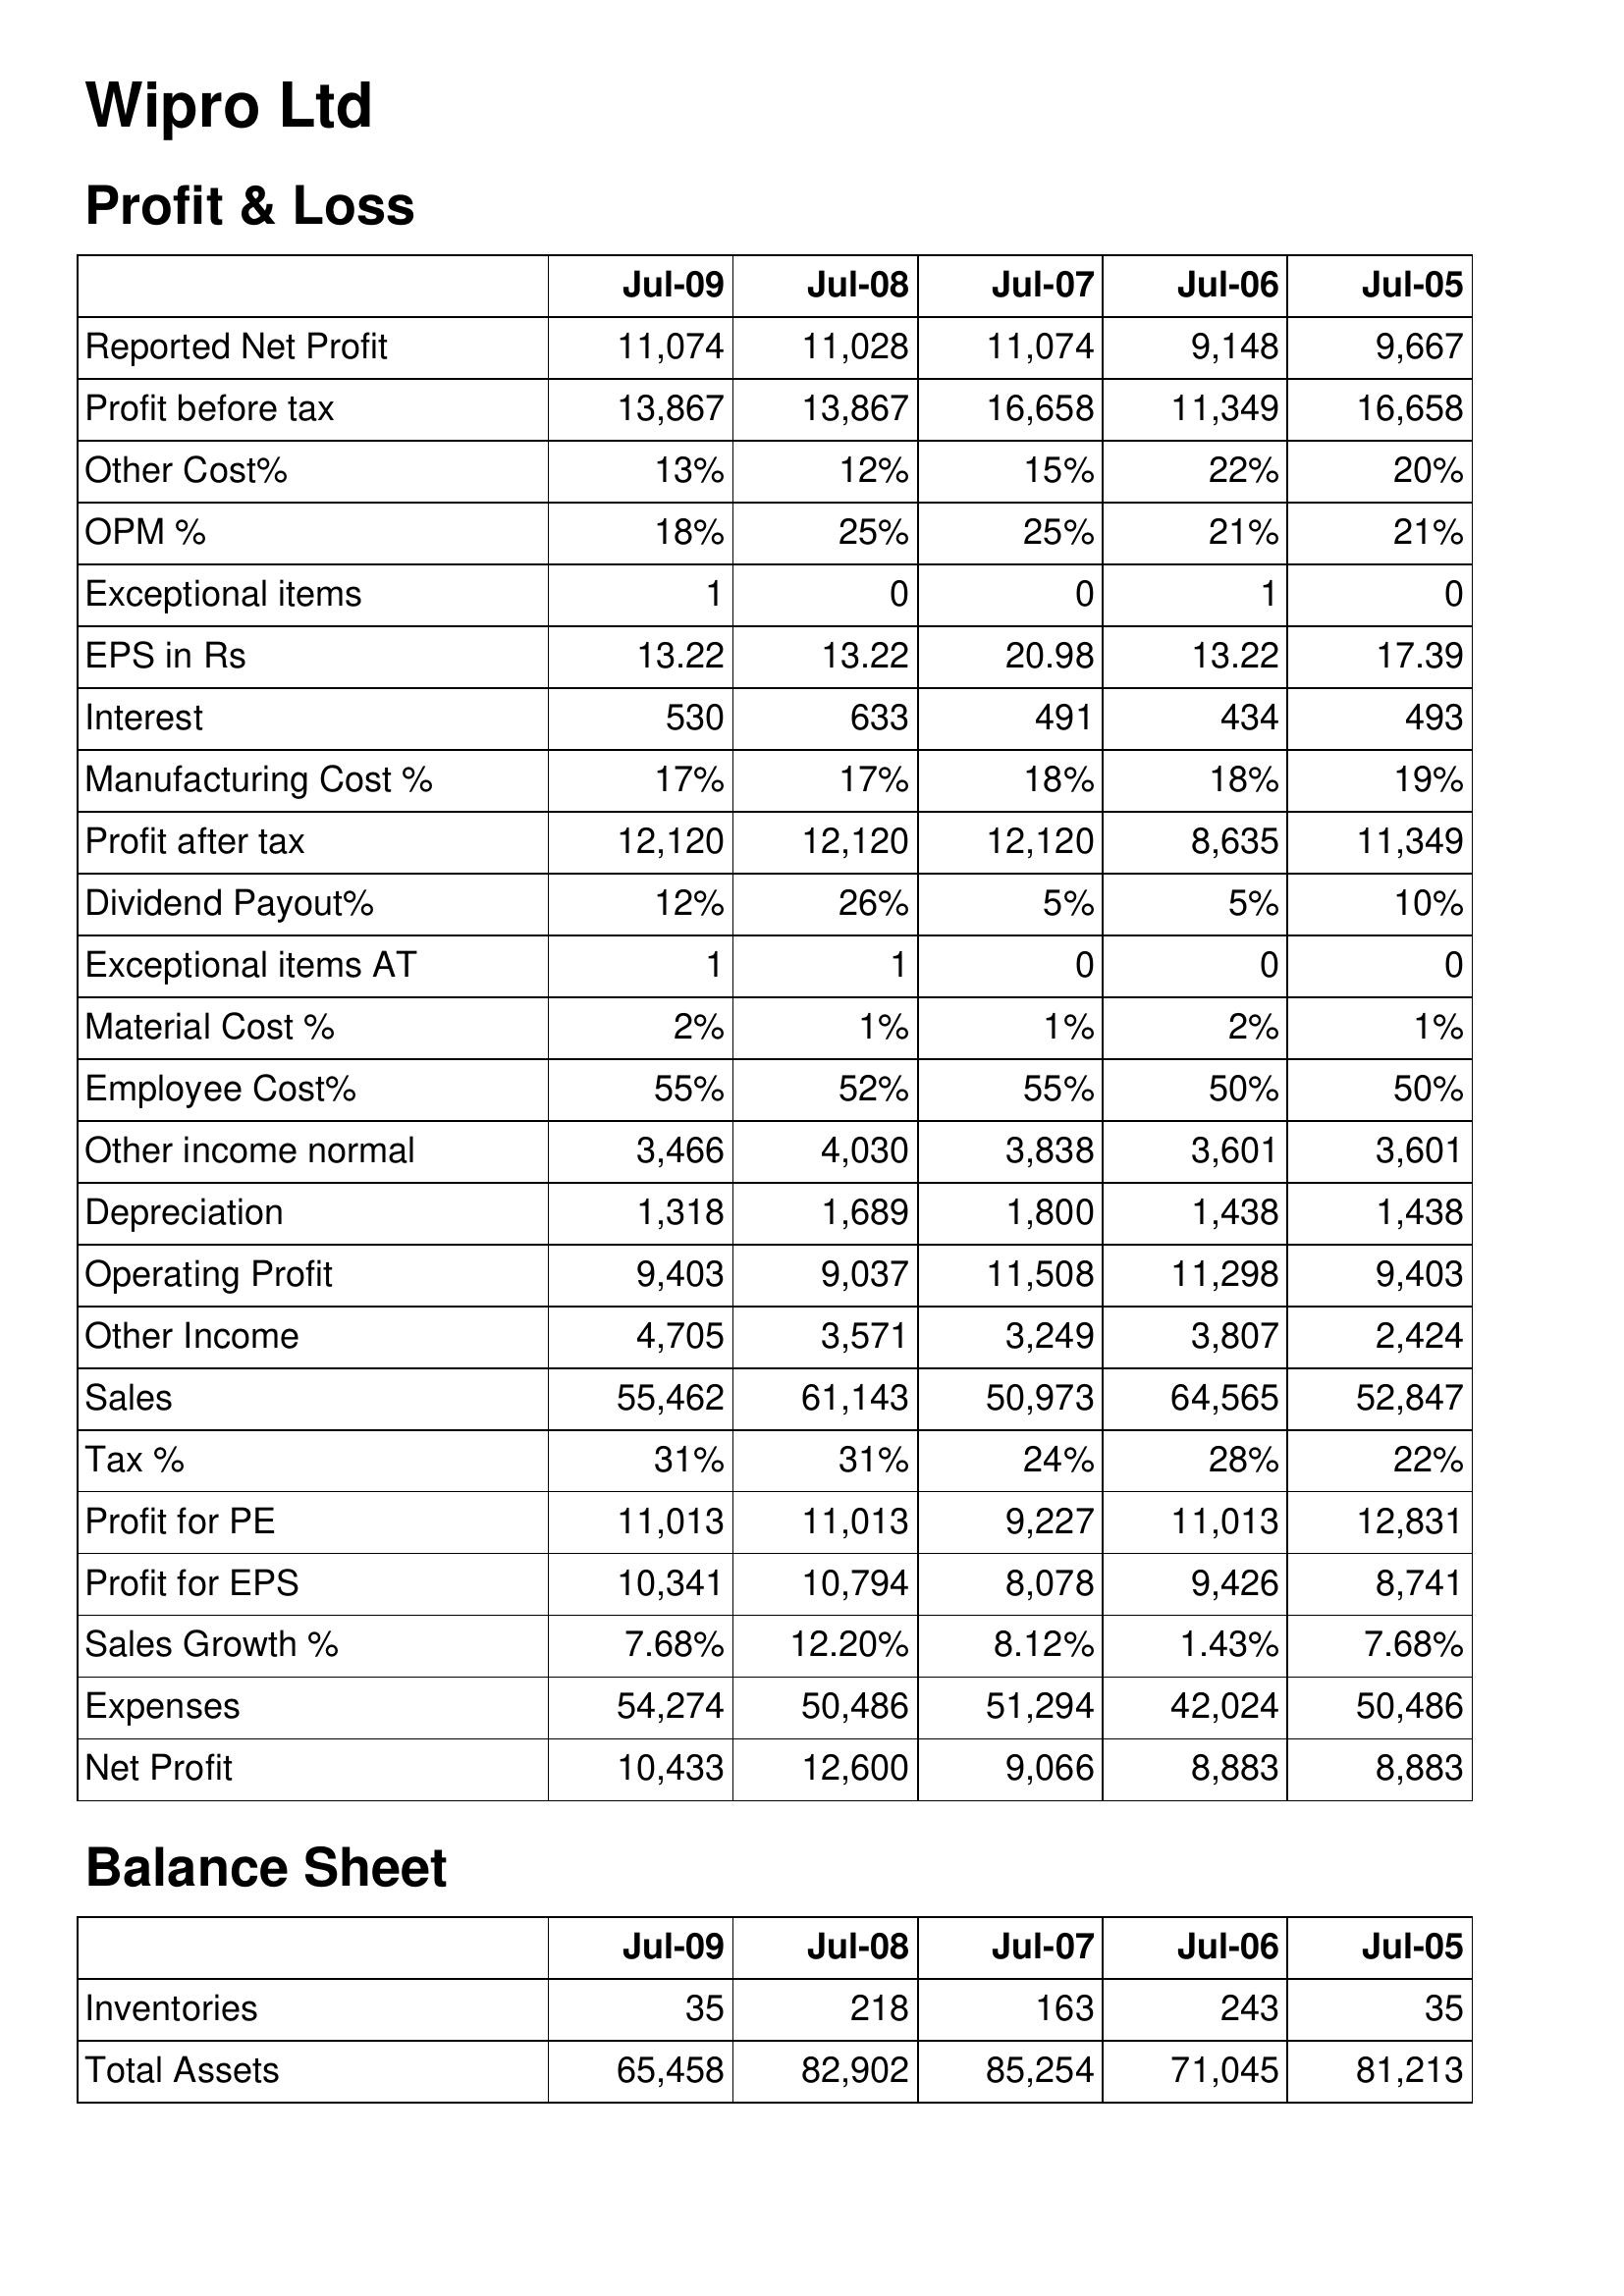
Jul-09: Profit & Loss: Reported Net Profit: 11,074
Profit before tax: 13,867
Other Cost%: 13%
OPM %: 18%
Exceptional items: 1
EPS in Rs: 13.22
Interest: 530
Manufacturing Cost %: 17%
Profit after tax: 12,120
Dividend Payout%: 12%
Exceptional items AT: 1
Material Cost %: 2%
Employee Cost%: 55%
Other income normal: 3,466
Depreciation: 1,318
Operating Profit: 9,403
Other Income: 4,705
Sales: 55,462
Tax %: 31%
Profit for PE: 11,013
Profit for EPS: 10,341
Sales Growth %: 7.68%
Expenses: 54,274
Net Profit: 10,433
Balance Sheet: Inventories: 35
Total Assets: 65,458
Jul-08: Profit & Loss: Reported Net Profit: 11,028
Profit before tax: 13,867
Other Cost%: 12%
OPM %: 25%
Exceptional items: 0
EPS in Rs: 13.22
Interest: 633
Manufacturing Cost %: 17%
Profit after tax: 12,120
Dividend Payout%: 26%
Exceptional items AT: 1
Material Cost %: 1%
Employee Cost%: 52%
Other income normal: 4,030
Depreciation: 1,689
Operating Profit: 9,037
Other Income: 3,571
Sales: 61,143
Tax %: 31%
Profit for PE: 11,013
Profit for EPS: 10,794
Sales Growth %: 12.20%
Expenses: 50,486
Net Profit: 12,600
Balance Sheet: Inventories: 218
Total Assets: 82,902
Jul-07: Profit & Loss: Reported Net Profit: 11,074
Profit before tax: 16,658
Other Cost%: 15%
OPM %: 25%
Exceptional items: 0
EPS in Rs: 20.98
Interest: 491
Manufacturing Cost %: 18%
Profit after tax: 12,120
Dividend Payout%: 5%
Exceptional items AT: 0
Material Cost %: 1%
Employee Cost%: 55%
Other income normal: 3,838
Depreciation: 1,800
Operating Profit: 11,508
Other Income: 3,249
Sales: 50,973
Tax %: 24%
Profit for PE: 9,227
Profit for EPS: 8,078
Sales Growth %: 8.12%
Expenses: 51,294
Net Profit: 9,066
Balance Sheet: Inventories: 163
Total Assets: 85,254
Jul-06: Profit & Loss: Reported Net Profit: 9,148
Profit before tax: 11,349
Other Cost%: 22%
OPM %: 21%
Exceptional items: 1
EPS in Rs: 13.22
Interest: 434
Manufacturing Cost %: 18%
Profit after tax: 8,635
Dividend Payout%: 5%
Exceptional items AT: 0
Material Cost %: 2%
Employee Cost%: 50%
Other income normal: 3,601
Depreciation: 1,438
Operating Profit: 11,298
Other Income: 3,807
Sales: 64,565
Tax %: 28%
Profit for PE: 11,013
Profit for EPS: 9,426
Sales Growth %: 1.43%
Expenses: 42,024
Net Profit: 8,883
Balance Sheet: Inventories: 243
Total Assets: 71,045
Jul-05: Profit & Loss: Reported Net Profit: 9,667
Profit before tax: 16,658
Other Cost%: 20%
OPM %: 21%
Exceptional items: 0
EPS in Rs: 17.39
Interest: 493
Manufacturing Cost %: 19%
Profit after tax: 11,349
Dividend Payout%: 10%
Exceptional items AT: 0
Material Cost %: 1%
Employee Cost%: 50%
Other income normal: 3,601
Depreciation: 1,438
Operating Profit: 9,403
Other Income: 2,424
Sales: 52,847
Tax %: 22%
Profit for PE: 12,831
Profit for EPS: 8,741
Sales Growth %: 7.68%
Expenses: 50,486
Net Profit: 8,883
Balance Sheet: Inventories: 35
Total Assets: 81,213